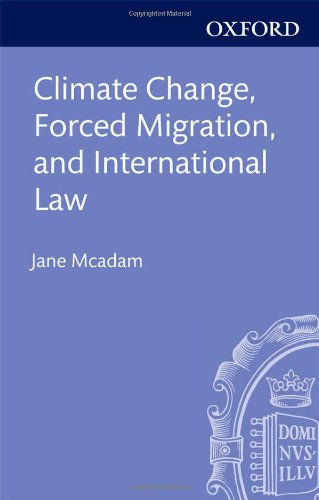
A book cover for Climate Change, Forced Migration, and International Law; Jane McAdam; Law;